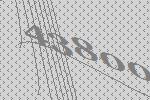
43800